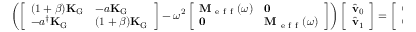
\left( \left[ \begin{array} { l l } { ( 1 + \beta ) \mathbf { K } _ { \mathrm { G } } } & { - a \mathbf { K } _ { \mathrm { G } } } \\ { - a ^ { \dagger } \mathbf { K } _ { \mathrm { G } } } & { ( 1 + \beta ) \mathbf { K } _ { \mathrm { G } } } \end{array} \right] - \omega ^ { 2 } \left[ \begin{array} { l l } { \mathbf { M } _ { \mathrm { ~ e ~ f ~ f ~ } } ( \omega ) } & { \mathbf { 0 } } \\ { \mathbf { 0 } } & { \mathbf { M } _ { \mathrm { ~ e ~ f ~ f ~ } } ( \omega ) } \end{array} \right] \right) \left[ \begin{array} { l } { \hat { \mathbf { v } } _ { 0 } } \\ { \hat { \mathbf { v } } _ { 1 } } \end{array} \right] = \left[ \begin{array} { l } { \mathbf { 0 } } \\ { \mathbf { 0 } } \end{array} \right] \, .